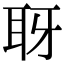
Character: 𦕆